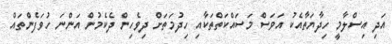
އަދި އިސްލާމީ ހިދާޔަތާއެކު އަވަސް މަސައްކަތްތަކާއި ހިދުމަތަށް ދިވެހިން ދެކެމުން އަންނަ ހުވަފެންތައް